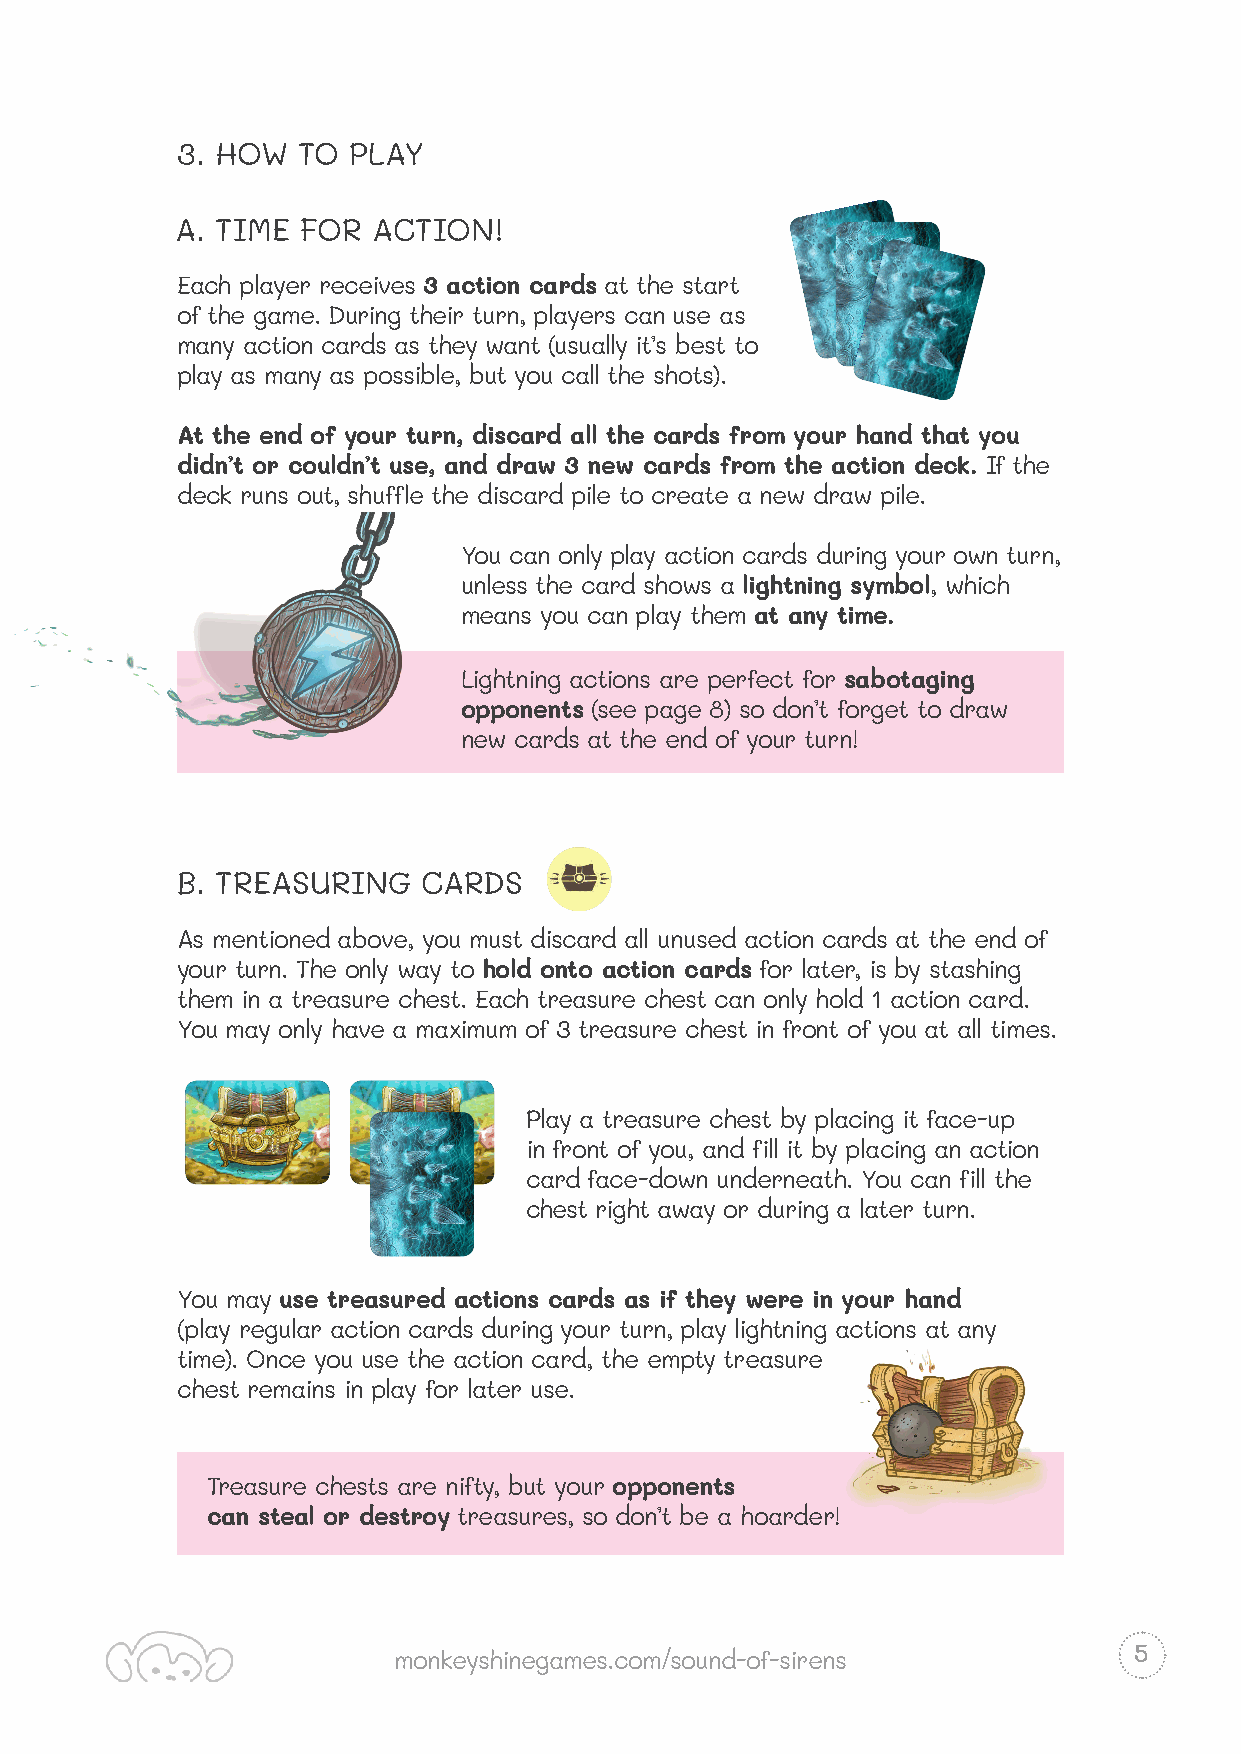
3. HOW  TO PLAY
 A. TIME FOR  ACTION!
 Each player receives 3 action cards at the start
 of the game. During their turn, players can use as
 many action cards as they want (usually it’s best to
 play as many as possible, but you call the shots).
 At the end of your turn, discard all the cards from your hand that you
 didn’t or couldn’t use, and draw 3 new cards from the action deck. If the
 deck runs out, shuffle the discard pile to create a new draw pile.
 You can only play action cards during your own turn,
 unless the card shows a lightning symbol, which
 means you can play them at any time.
 Lightning actions are perfect for sabotaging
 opponents (see page 8) so don’t forget to draw
 new cards at the end of your turn!
 B. TREASURING   CARDS
 As mentioned above, you must discard all unused action cards at the end of
 your turn. The only way to hold onto action cards for later, is by stashing
 them in a treasure chest. Each treasure chest can only hold 1 action card.
 You may only have a maximum of 3 treasure chest in front of you at all times.
 Play a treasure chest by placing it face-up
 in front of you, and fill it by placing an action
 card face-down underneath. You can fill the
 chest right away or during a later turn.
 You may use treasured actions cards as if they were in your hand
 (play regular action cards during your turn, play lightning actions at any
 time). Once you use the action card, the empty treasure
 chest remains in play for later use.
 Treasure chests are nifty, but your opponents
 can steal or destroy treasures, so don’t be a hoarder!
 5
 monkeyshinegames.com/sound-of-sirens